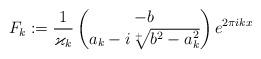
LaTeX: \begin{align*}F_k:=\frac{1}{\varkappa_k}\begin{pmatrix}-b\\a_k-i \sqrt[+]{b^2-a_k^2}\end{pmatrix}e^{2\pi i k x}\end{align*}